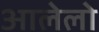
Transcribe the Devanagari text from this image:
आलेलो